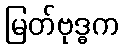
မြတ်ဗုဒ္ဓက